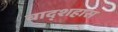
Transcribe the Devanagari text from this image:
बाद्शहास